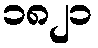
၁၈၂၁